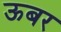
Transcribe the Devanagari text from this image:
ऊबर